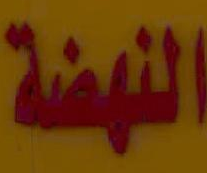
النهضة